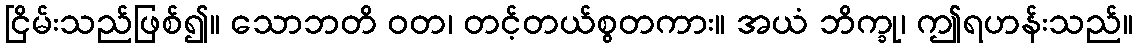
ငြိမ်းသည်ဖြစ်၍။ သောဘတိ ဝတ၊ တင့်တယ်စွတကား။ အယံ ဘိက္ခု၊ ဤရဟန်းသည်။